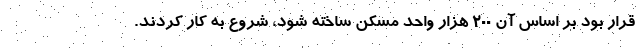
قرار بود بر اساس آن ۲۰۰ هزار واحد مسکن ساخته شود، شروع به کار کردند.